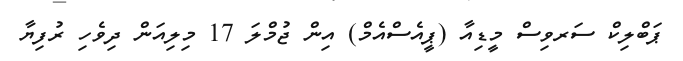
ޕަބްލިކް ސަރވިސް މީޑިއާ (ޕީއެސްއެމް) އިން ޖުމްލަ 17 މިލިއަން ދިވެހި ރުފިޔާ